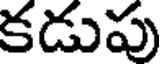
కడుపు